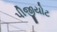
પીજીયોટ